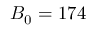
B _ { 0 } = 1 7 4